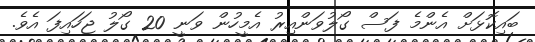
ބައިކޮޅަށް އެންމެ ފަސް ގޯލުވަންއިރު އެމީހުން ވަނީ 20 ގޯލު ޖަހައިފަ އެވެ.